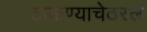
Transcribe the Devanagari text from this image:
टाकण्याचेठरले